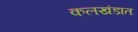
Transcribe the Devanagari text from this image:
कलखंडात